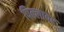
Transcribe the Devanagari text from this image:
पिल्लावर